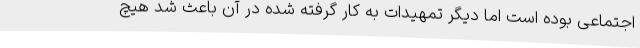
اجتماعی بوده است اما دیگر تمهیدات به کار گرفته شده در آن باعث شد هیچ